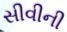
સીવીની